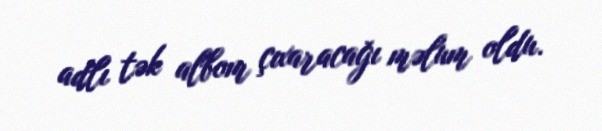
adlı tək albom çıxaracağı məlum oldu.